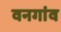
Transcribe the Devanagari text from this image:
वनगांव